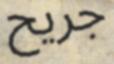
جريح